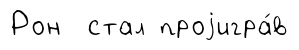
Рон стал проjигра́в